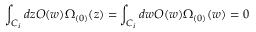
\int _ { C _ { i } } d z { \cal O } ( w ) \Omega _ { ( 0 ) } ( z ) = \int _ { C _ { i } } d w { \cal O } ( w ) \Omega _ { ( 0 ) } ( w ) = 0